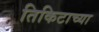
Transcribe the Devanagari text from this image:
तिकिटाच्या